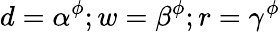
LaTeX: d=\alpha^{\phi};w=\beta^{\phi};r=\gamma^{\phi}